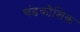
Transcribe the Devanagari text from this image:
चंडकौशिक